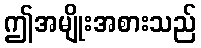
ဤအမျိုးအစားသည်